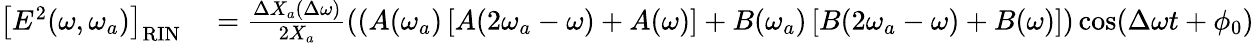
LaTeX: \begin{array}{rl}{\left[E^{2}(\omega,\omega_{a})\right]_{\mathrm{RIN}}}&{{}=\frac{\Delta X_{a}(\Delta\omega)}{2X_{a}}\left(\left(A(\omega_{a})\left[A(2\omega_{a}-\omega)+A(\omega)\right]+B(\omega_{a})\left[B(2\omega_{a}-\omega)+B(\omega)\right]\right)\cos(\Delta\omega t+\phi_{0})\, \right.}\end{array}